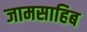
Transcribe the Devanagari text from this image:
जामसाहिब